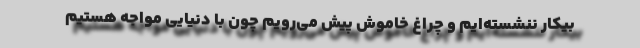
بیکار ننشسته‌ایم و چراغ خاموش پیش می‌رویم چون با دنیایی مواجه هستیم